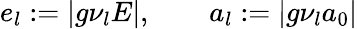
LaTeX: e_{l}:=|g\nu_{l}E|,\qquad a_{l}:=|g\nu_{l}a_{0}|